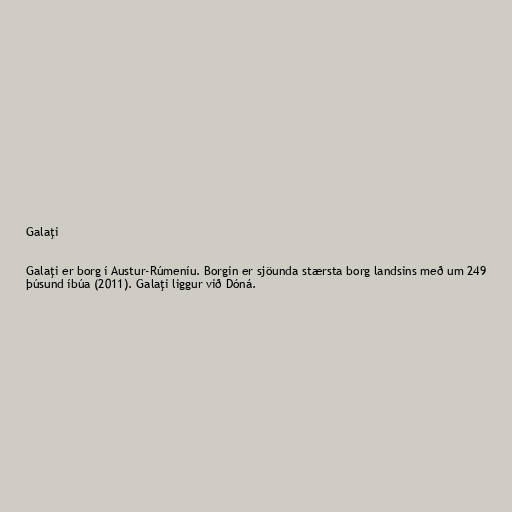
Galaţi

Galaţi er borg í Austur-Rúmeníu. Borgin er sjöunda stærsta borg landsins með um 249
þúsund íbúa (2011). Galaţi liggur við Dóná.